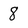
Character: 8